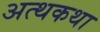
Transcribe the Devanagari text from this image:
अत्थकथा